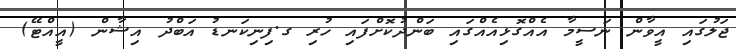
ޖަލުގައި އީވާން ނަސީމާ އެއްގޮޅިއެއްގައި ބަންދުކޮށްފައި ހުރި ގ.ފިނިކަނޑު އަބްދު އިޝާން (އީއްޓޭ)